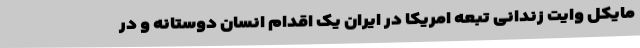
مایکل وایت زندانی تبعه امریکا در ایران یک اقدام انسان دوستانه و در